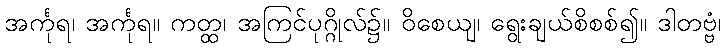
အင်္ကုရ၊ အင်္ကုရ။ ကတ္ထ၊ အကြင်ပုဂ္ဂိုလ်၌။ ဝိစေယျ၊ ရွေးချယ်စိစစ်၍။ ဒါတဗ္ဗံ၊